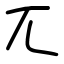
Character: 兀